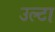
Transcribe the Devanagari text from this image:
उल्‍टा